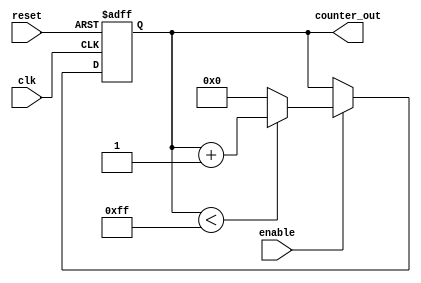
module UpCounter #(
    parameter WIDTH = 8,               // Width of the counter
    parameter INITIAL_VALUE = 0,       // Initial value of the counter
    parameter MAX_VALUE = 255           // Maximum value of the counter
)(
    input wire clk,                     // Clock input
    input wire reset,                   // Asynchronous reset
    input wire enable,                  // Enable signal
    output reg [WIDTH-1:0] counter_out  // Counter output
);

    // Always block for synchronous counting and asynchronous reset
    always @(posedge clk or posedge reset) begin
        if (reset) begin
            counter_out <= INITIAL_VALUE; // Reset to initial value
        end else if (enable) begin
            if (counter_out < MAX_VALUE) begin
                counter_out <= counter_out + 1; // Increment count
            end else begin
                counter_out <= INITIAL_VALUE; // Wrap around to initial value
            end
        end
    end

endmodule